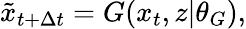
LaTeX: \tilde{x}_{t+\Delta t}=G(x_{t},z|\theta_{G}),